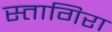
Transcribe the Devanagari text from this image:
स्तागिरा